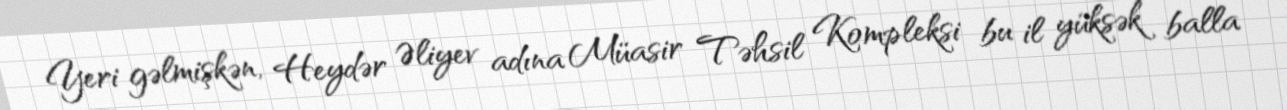
Yeri gəlmişkən, Heydər Əliyev adına Müasir Təhsil Kompleksi bu il yüksək balla